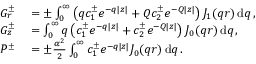
\begin{array} { r l } { G _ { r } ^ { \pm } } & { { } = \pm \int _ { 0 } ^ { \infty } \left( q c _ { 1 } ^ { \pm } e ^ { - q | z | } + Q c _ { 2 } ^ { \pm } e ^ { - Q | z | } \right) J _ { 1 } ( q r ) \, \mathrm { d } q \, , } \\ { G _ { z } ^ { \pm } } & { { } = \int _ { 0 } ^ { \infty } q \left( c _ { 1 } ^ { \pm } e ^ { - q | z | } + c _ { 2 } ^ { \pm } e ^ { - Q | z | } \right) J _ { 0 } ( q r ) \, \mathrm { d } q \, , } \\ { P ^ { \pm } } & { { } = \pm \frac { \alpha ^ { 2 } } { 2 } \int _ { 0 } ^ { \infty } c _ { 1 } ^ { \pm } e ^ { - q | z | } J _ { 0 } ( q r ) \, \mathrm { d } q \, . } \end{array}